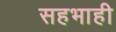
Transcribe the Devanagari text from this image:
सहभाही